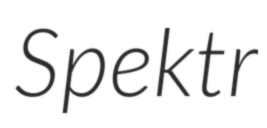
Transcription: Spektr